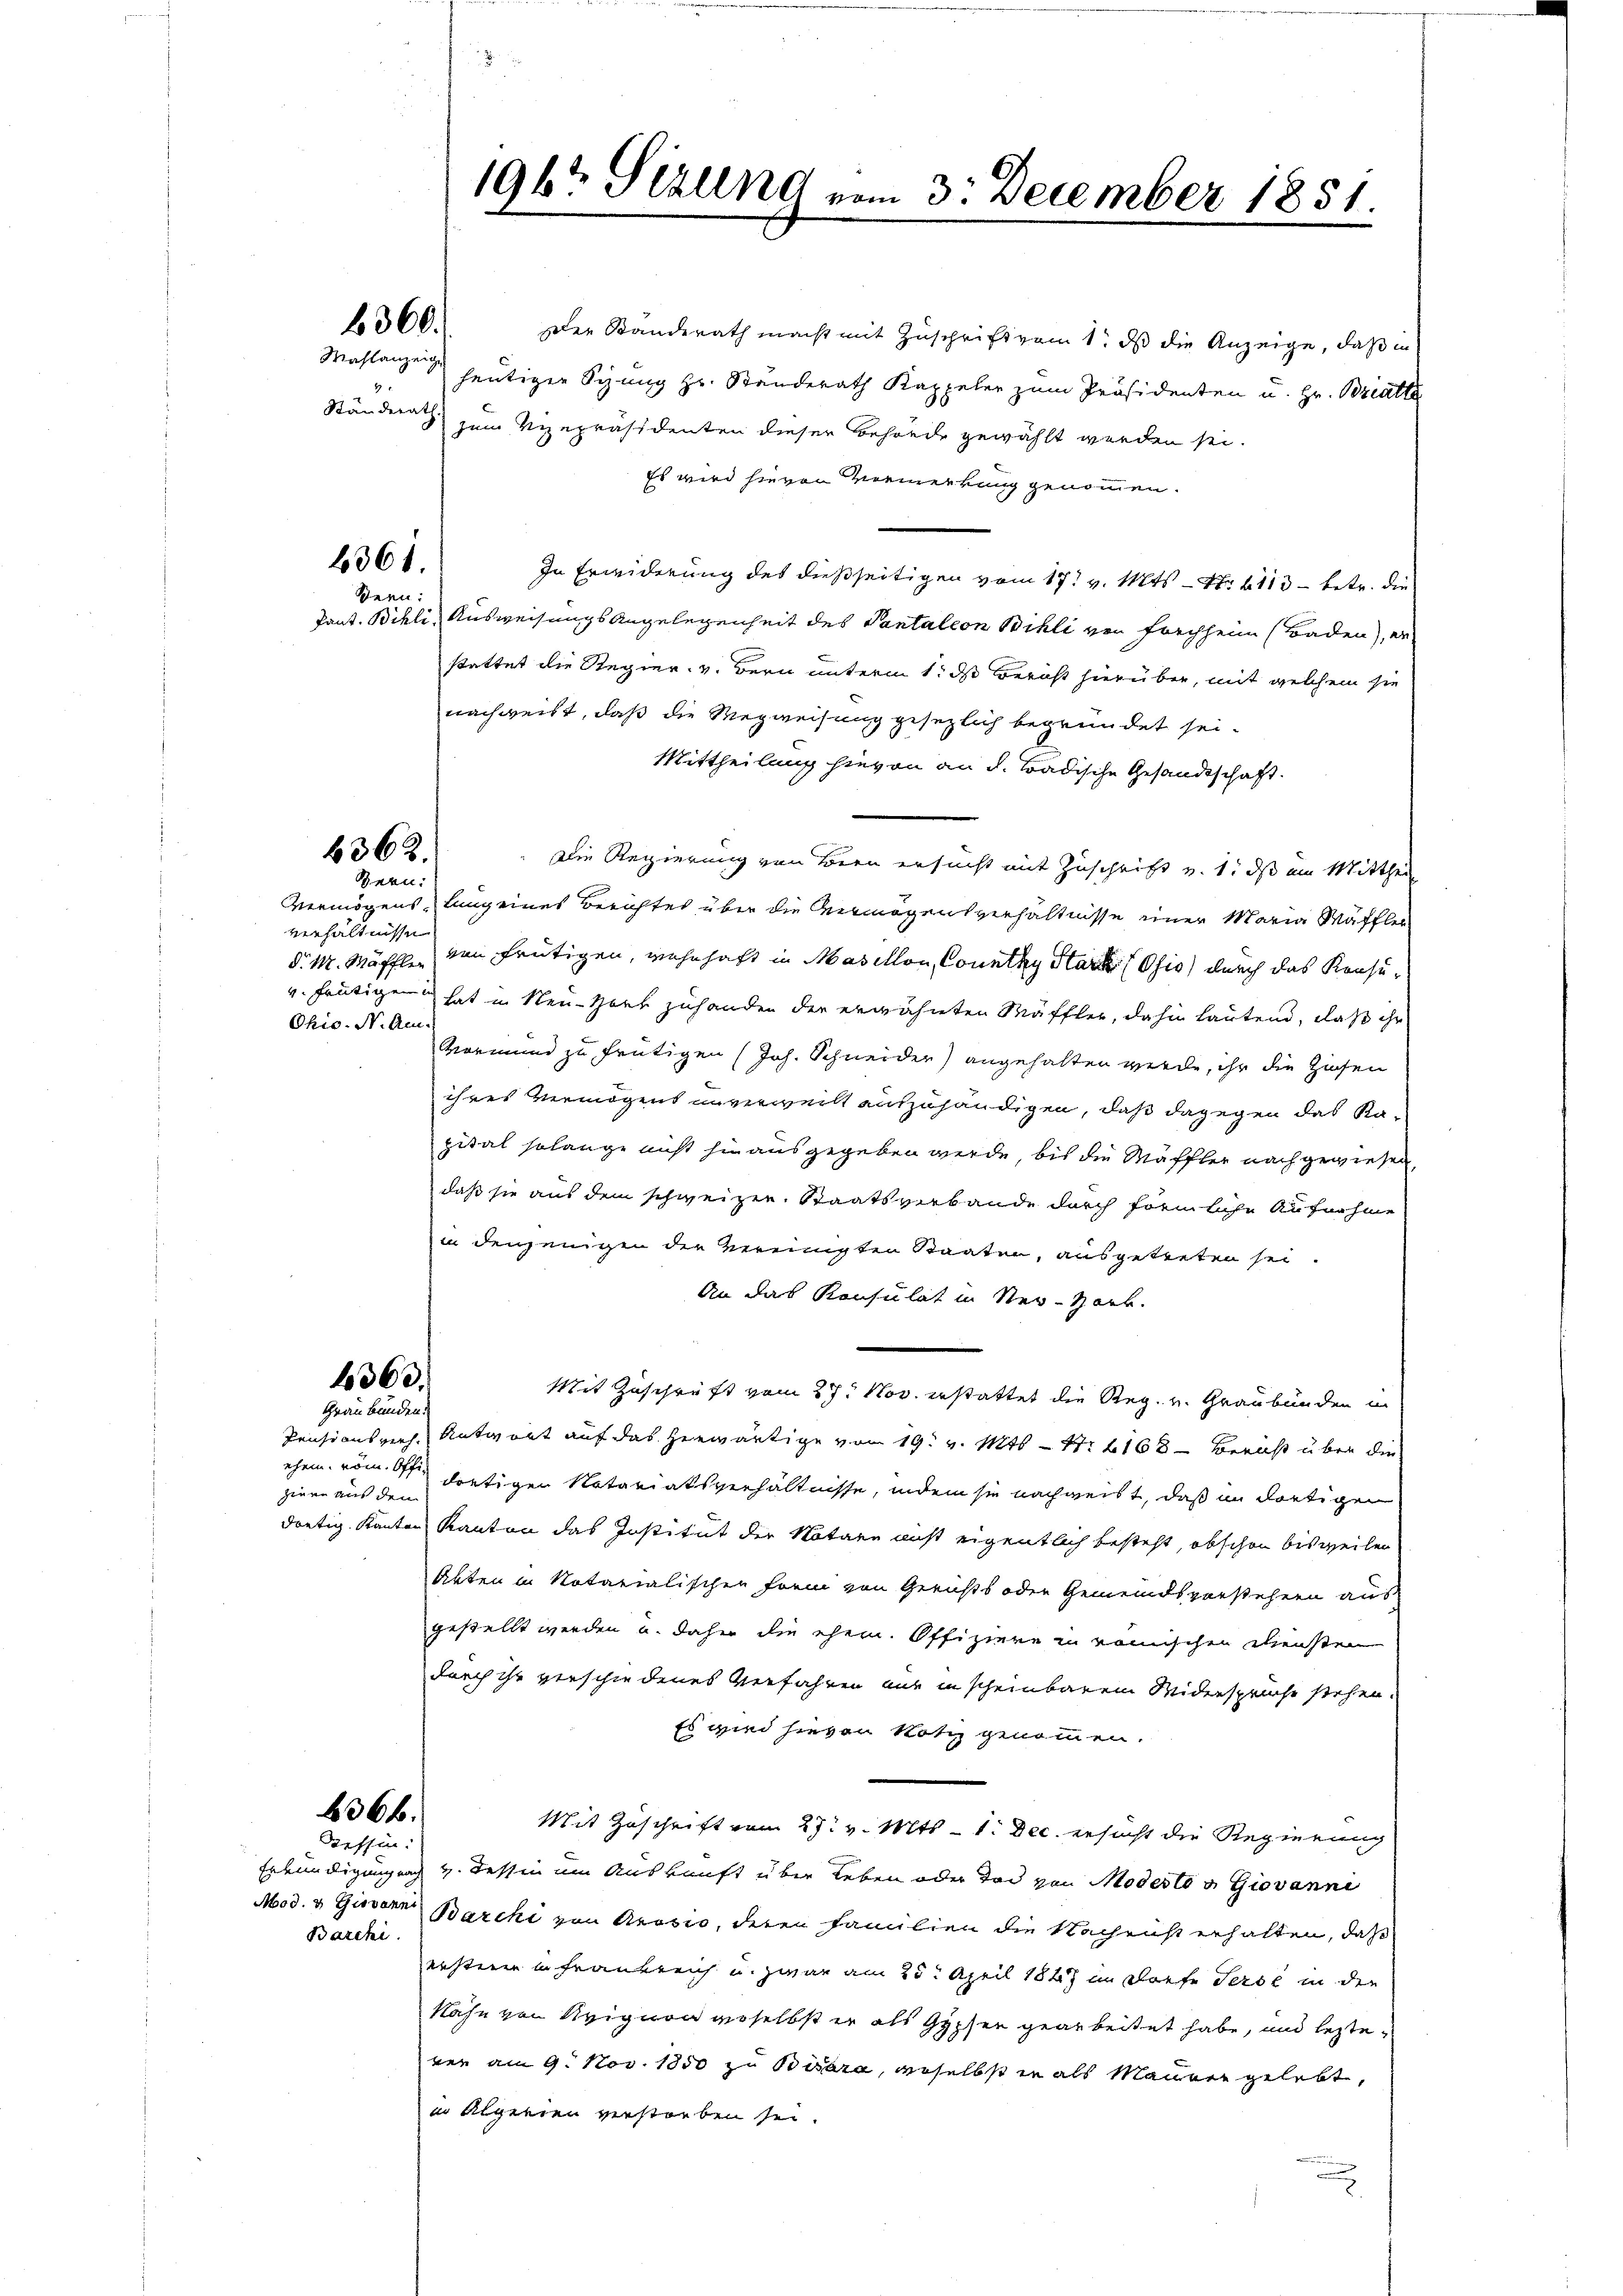
1360.

Mahlanzeig
2
Ständerath.

6361.
Sern:

Pant. Billi

6362.
Bern:

verhältnisse
Ohio. N. Am

Der Standerath macht mit Zuschrift vom 1. ds die Anzeige, daß in
heutigen Syung Hr. Stunderath Kappeler zum Präsidenten u. Hr. Bratte
zum Vizepräsidenten dieser Behörde gewählt werden sei.
Es wird hievon Vermerkung genommen.
In Erwiderung des dießseitigen vom 17. v. Mts. - N. 113 - betr. die
Ausweisungs Angelegenheit des Pantalion Billi von Forchheim (Baden), erstattet die Regier. v. Bern unterm 1. ds Bericht hierüber, mit welchem sie
nachweist, daß die Wegweisung gesezlich begründet sei.
Mittheilung hievon an d. Tradische Gesandtschaft
Die Regierung von Bern ersucht mit Zuschrift v. 1. ds um Mittheil
Vermögenslung eines Berichtes über die Vermögensverhältnisse einer Maria Mäffler
d. M. Mäffler von frütigen, wahrhaft in Masillon, County Stark (Osio) durch das Konsuv. heutigen hat in Neu-Hork zuhanden der erwähnten Mäffler, dahin lautend, daß ihr
Vormund zu frütigen (Joh. Schneider) angehalten werde, ihr die Zinsen
ihres Vermögens unverweilt auszuhändigen, daß dagegen das Rapital solange nicht hinausgegeben werde, bis die Mäffler nach gewiesen
daß sie aus dem schweizer. Staatsverbande durch förmliche Aufnahme
in denjenigen der Vereinigten Staaten, ausgetreten sei.
An das Konsulat in Ner-Hark.
1360.
Mit Zuschrift vom 27. Nov. erstattet die Reg. v. Graubünden in
Graubünden.
Pensionsverh. Antwort auf das herwärtige vom 19. v. Mts. — Nr. 168 — Bericht über die
ehen vom 9ten dortigen Notariatsverhältnisse, indem sie nachweist, daß in dortigen
ziere aus den
dortig. Kanton Kanton das Institut der Notare nicht eigentlich besteht, obschon bisweiler
Akten in Notarialischen Form von Gerichts oder Gemeindsvorstehern aus
gestellt werden u. daher die ehem. Offiziere in römischen Diensten
durch ihr verschiedenes Verfahren aus in scheinbarem Widerspruche stehen.
Es wird hievon Notiz genommen.
636 f.
Mit Zuschrift vom 27. v. Mts. — 1. Dec. ersucht die Regierung
dreffen:
Erkundigungung v. dessin um Auskunft über Leben oder Tod von Modesto v. Giovanni
Mod. v. Giovann Barchi von Arosio, deren Familien die Nachricht erhalten, daß
Barchi
ersteren in Frankreich u. zwar am 25. April 1847 im Dorfe derse in den
Nähe von Avignon geselbst er als Gypser gearbeitet habe, und lezterer am 9. Nov. 1850 zu Bisera, anselbst in als Maurer gelebt,
in Algerien verstorben sei.

1967 Sizung vom 3. December 1851